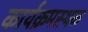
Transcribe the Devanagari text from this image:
कार्यक्रमस्थळ